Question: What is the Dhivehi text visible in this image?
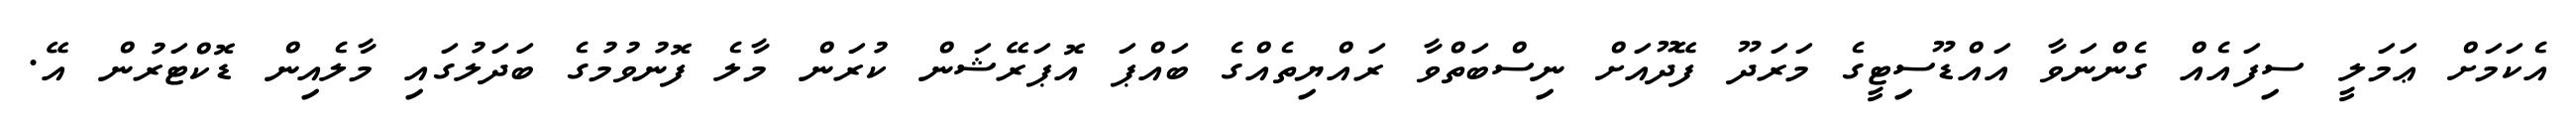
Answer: އެކަމަށް ޢަމަލީ ސިފައެއް ގެންނަވާ އައްޑޫސިޓީގެ މަރަދޫ ފޭދޫއަށް ނިސްބަތްވާ ރައްޔިތެއްގެ ބައްޕަ އޮޕަރޭޝަން ކުރަން މާލެ ފޮނުވުމުގެ ބަދަލުގައި މާލެއިން ޑޮކްޓަރުން އޭ.